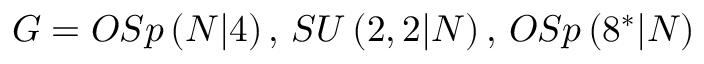
G = O S p \left( N | 4 \right) , \, S U \left( 2 , 2 | N \right) , \, O S p \left( 8 ^ { \ast } | N \right)